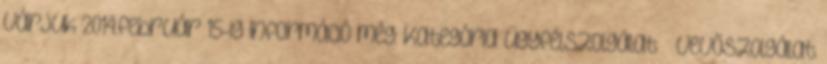
várjuk 2014.február 15-ig Információ még: Kategória Ügyfélszolgálat Vevőszolgálat